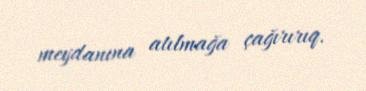
meydanına atılmağa çağırırıq.